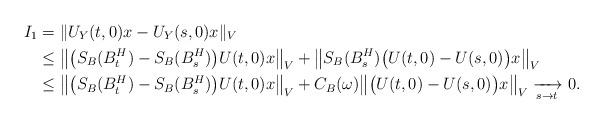
LaTeX: \begin{align*}I_1&=\|U_Y(t,0)x-U_Y(s,0)x\|_V\\&\leq\big\|\big(S_B(B^H_t)-S_B(B^H_s)\big)U(t,0)x\big\|_V+\big\|S_B(B^H_s)\big(U(t,0)-U(s,0)\big)x\big\|_V\\&\leq\big\|\big(S_B(B^H_t)-S_B(B^H_s)\big)U(t,0)x\big\|_V +C_B(\omega)\big\|\big(U(t,0)-U(s,0)\big)x\big\|_V\xrightarrow[s \to t]{} 0.\end{align*}